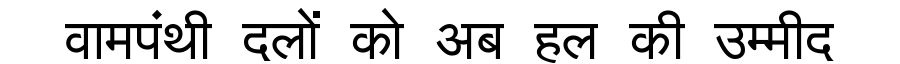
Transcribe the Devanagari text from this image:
वामपंथी दलों को अब हल की उम्मीद